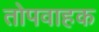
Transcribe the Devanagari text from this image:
तोपवाहक